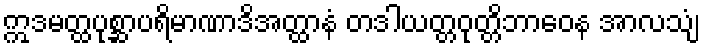
ဣဒမတ္ထပုစ္ဆာပရိမာဏာဒိအတ္ထာနံ တဒါယတ္တဝုတ္တိဘာဝေန အာလသျံ